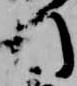
引